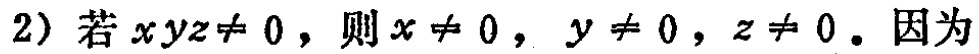
(2) 若 \(xyz\neq 0\)，则 \(x\neq 0\)，\(y\neq 0\)，\(z\neq 0\)。因为